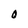
Character: O